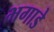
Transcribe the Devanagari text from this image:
भगाडे